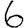
Digit: 6